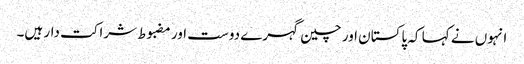
انہوں نے کہا کہ پاکستان اور چین گہرے دوست اور مضبوط شراکت دار ہیں۔